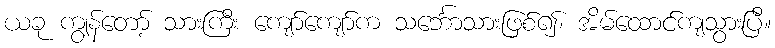
ယခု ကျွန်တော့် သားကြီး ကျော်ကျော်က သင်္ဘောသားဖြစ်၍၊ အိမ်ထောင်ကျသွားပြီ။